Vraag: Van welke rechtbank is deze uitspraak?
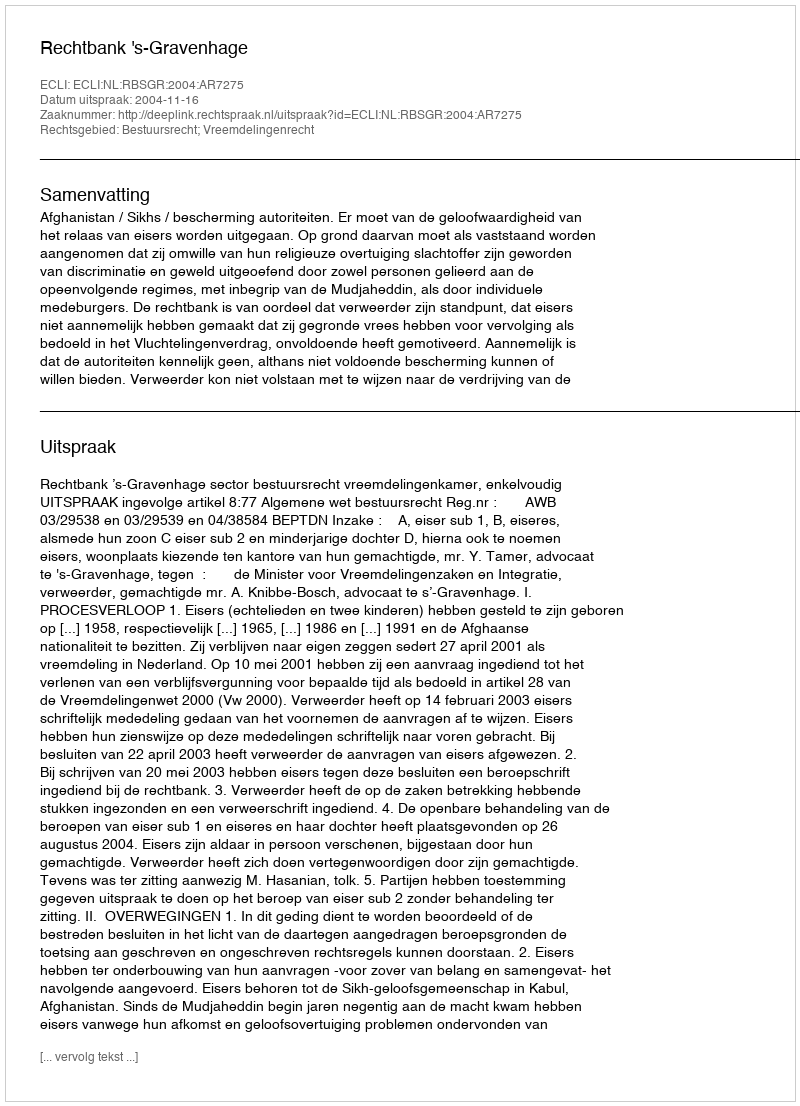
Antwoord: Rechtbank 's-Gravenhage